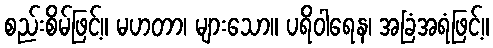
စည်းစိမ်ဖြင့်။ မဟတာ၊ များသော။ ပရိဝါရေန၊ အခြံအရံဖြင့်။